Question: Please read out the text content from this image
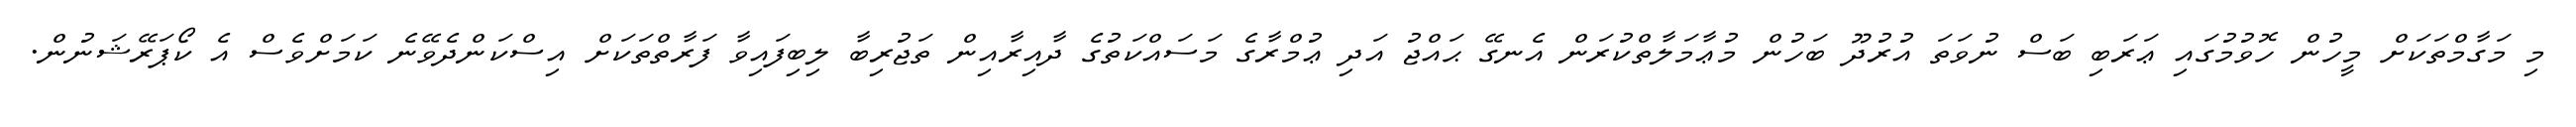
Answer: މި މަގާމްތަކަށް މީހުން ހޮވުމުގައި ޢަރަބި ބަސް ނުވަތަ އުރުދޫ ބަހުން މުޢާމަލާތްކުރަން އެނގޭ ޙައްޖު އަދި ޢުމްރާގެ މަސައްކަތުގެ ދާއިރާއިން ތަޖުރިބާ ލިބިފައިވާ ފަރާތްތަކަށް އިސްކަންދެވޭނެ ކަމަށްވެސް އެ ކޯޕަރޭޝަނުން.